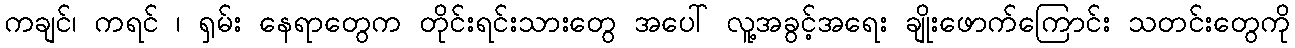
ကချင်၊ ကရင် ၊ ရှမ်း နေရာတွေက တိုင်းရင်းသားတွေ အပေါ် လူ့အခွင့်အရေး ချိုးဖောက်ကြောင်း သတင်းတွေကို